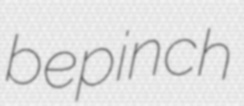
bepinch